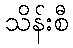
သိန်းစီ